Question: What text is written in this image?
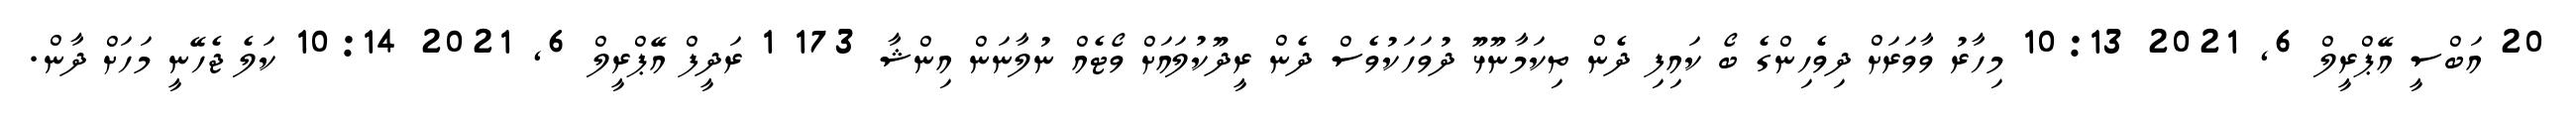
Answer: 20 އަބްސީ އޭޕްރީލް 6, 2021 10:13 މިހާރު ވާވަރަށް ދިވެހިންގެ ބޯ ކައިފި ދެން ތިކަމާނޫޅޫ ދުވަހަކުވެސް ދެން ރީދޫކުލައަށް ވޯޓެއް ނުލާނަން އިންޝާ 173 1 ރަދީފް އޭޕްރީލް 6, 2021 10:14 ކަލެ ޖެހޭނީ މަހަށް ދާން.